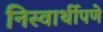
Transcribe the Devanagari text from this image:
निस्वार्थीपणे